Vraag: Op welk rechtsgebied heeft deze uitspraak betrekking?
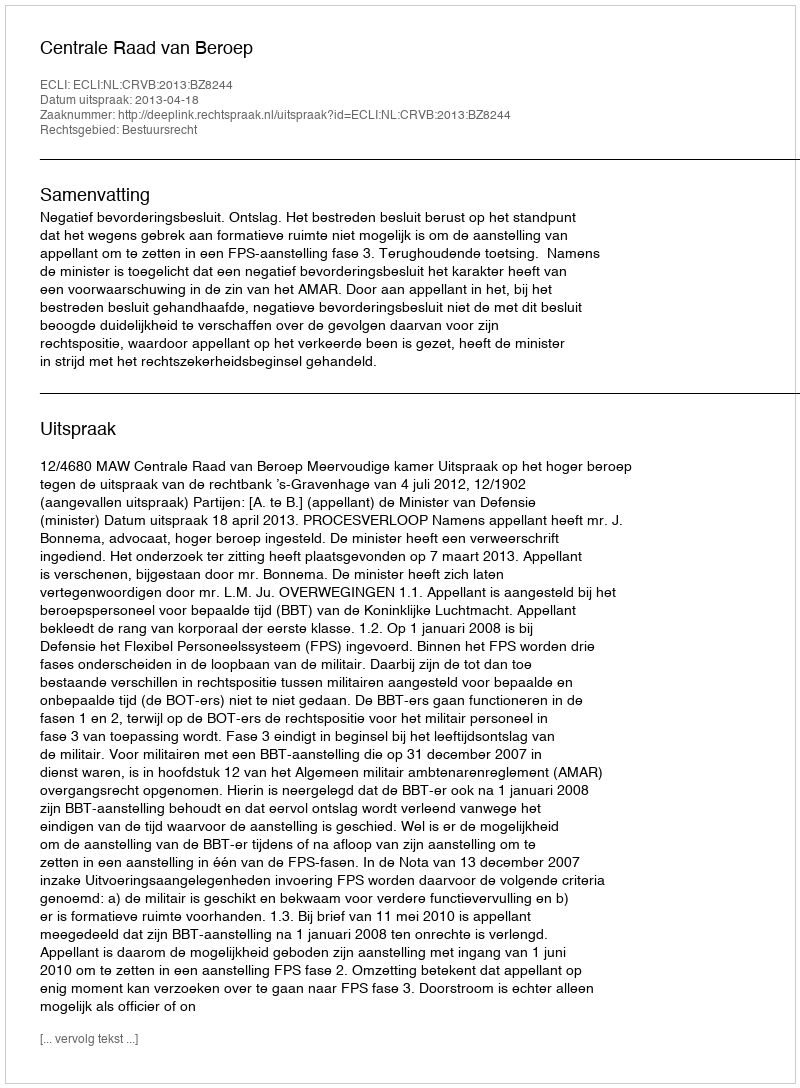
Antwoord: Bestuursrecht